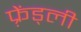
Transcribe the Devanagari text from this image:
फ़्रेंड्ली